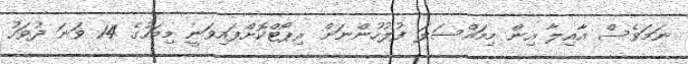
ނަމަވެސް އާއިލާ އިން މިމައްސަލަ ފުލުހުންނަށް ރިޕޯޓްކޮށްފައިވަނީ މިމަހުގެ 14 ވަނަ ދުވަހު